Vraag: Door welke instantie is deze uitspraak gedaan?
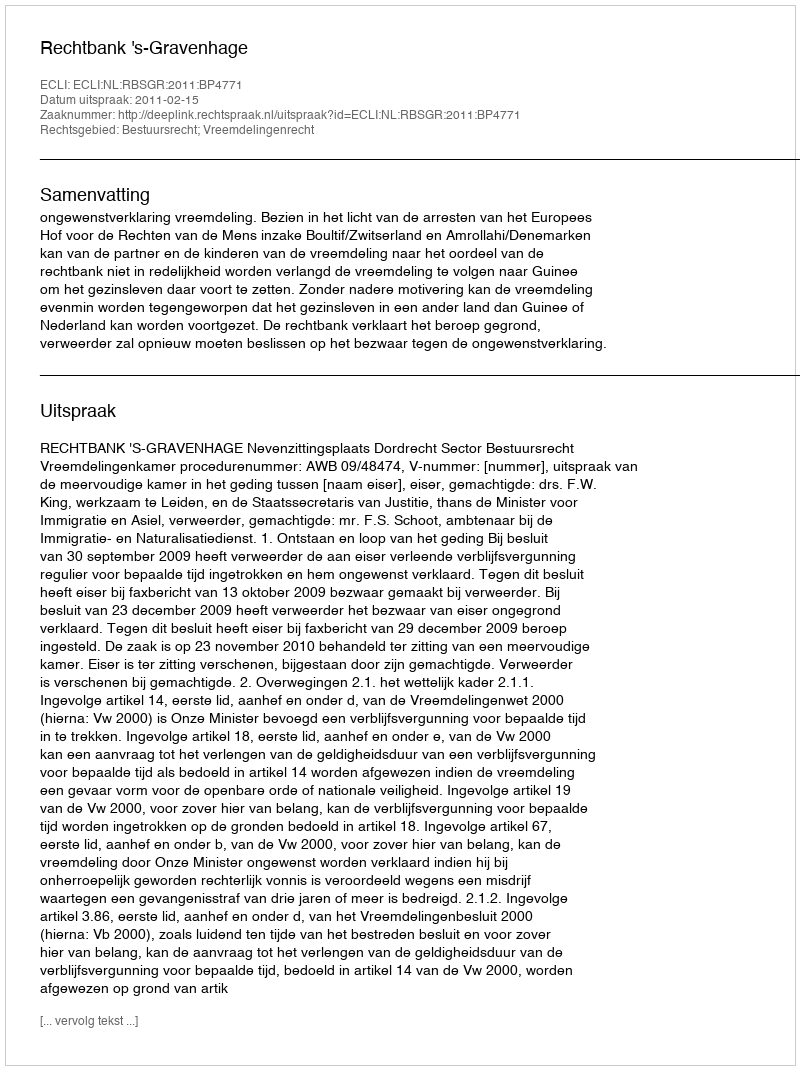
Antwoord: Rechtbank 's-Gravenhage